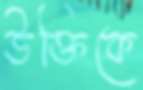
উক্তিকে